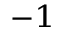
^ { - 1 }